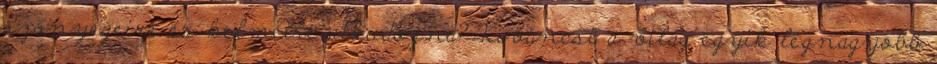
szőnyegeire és kelméire alkudozna? Kíváncsi a világ egyik legnagyobb